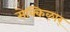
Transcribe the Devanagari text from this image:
सेक्किऴार्